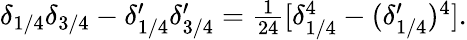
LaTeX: \begin{array}{r}{\delta_{1/4}\delta_{3/4}-\delta_{1/4}^{\prime}\delta_{3/4}^{\prime}=\frac{1}{24}[\delta_{1/4}^{4}-(\delta_{1/4}^{\prime})^{4}].}\end{array}